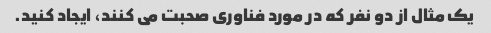
یک مثال از دو نفر که در مورد فناوری صحبت می کنند، ایجاد کنید.